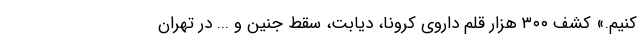
کنیم.» کشف ۳۰۰ هزار قلم داروی کرونا، دیابت، سقط جنین و ... در تهران